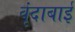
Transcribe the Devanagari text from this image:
वृंदाबाई